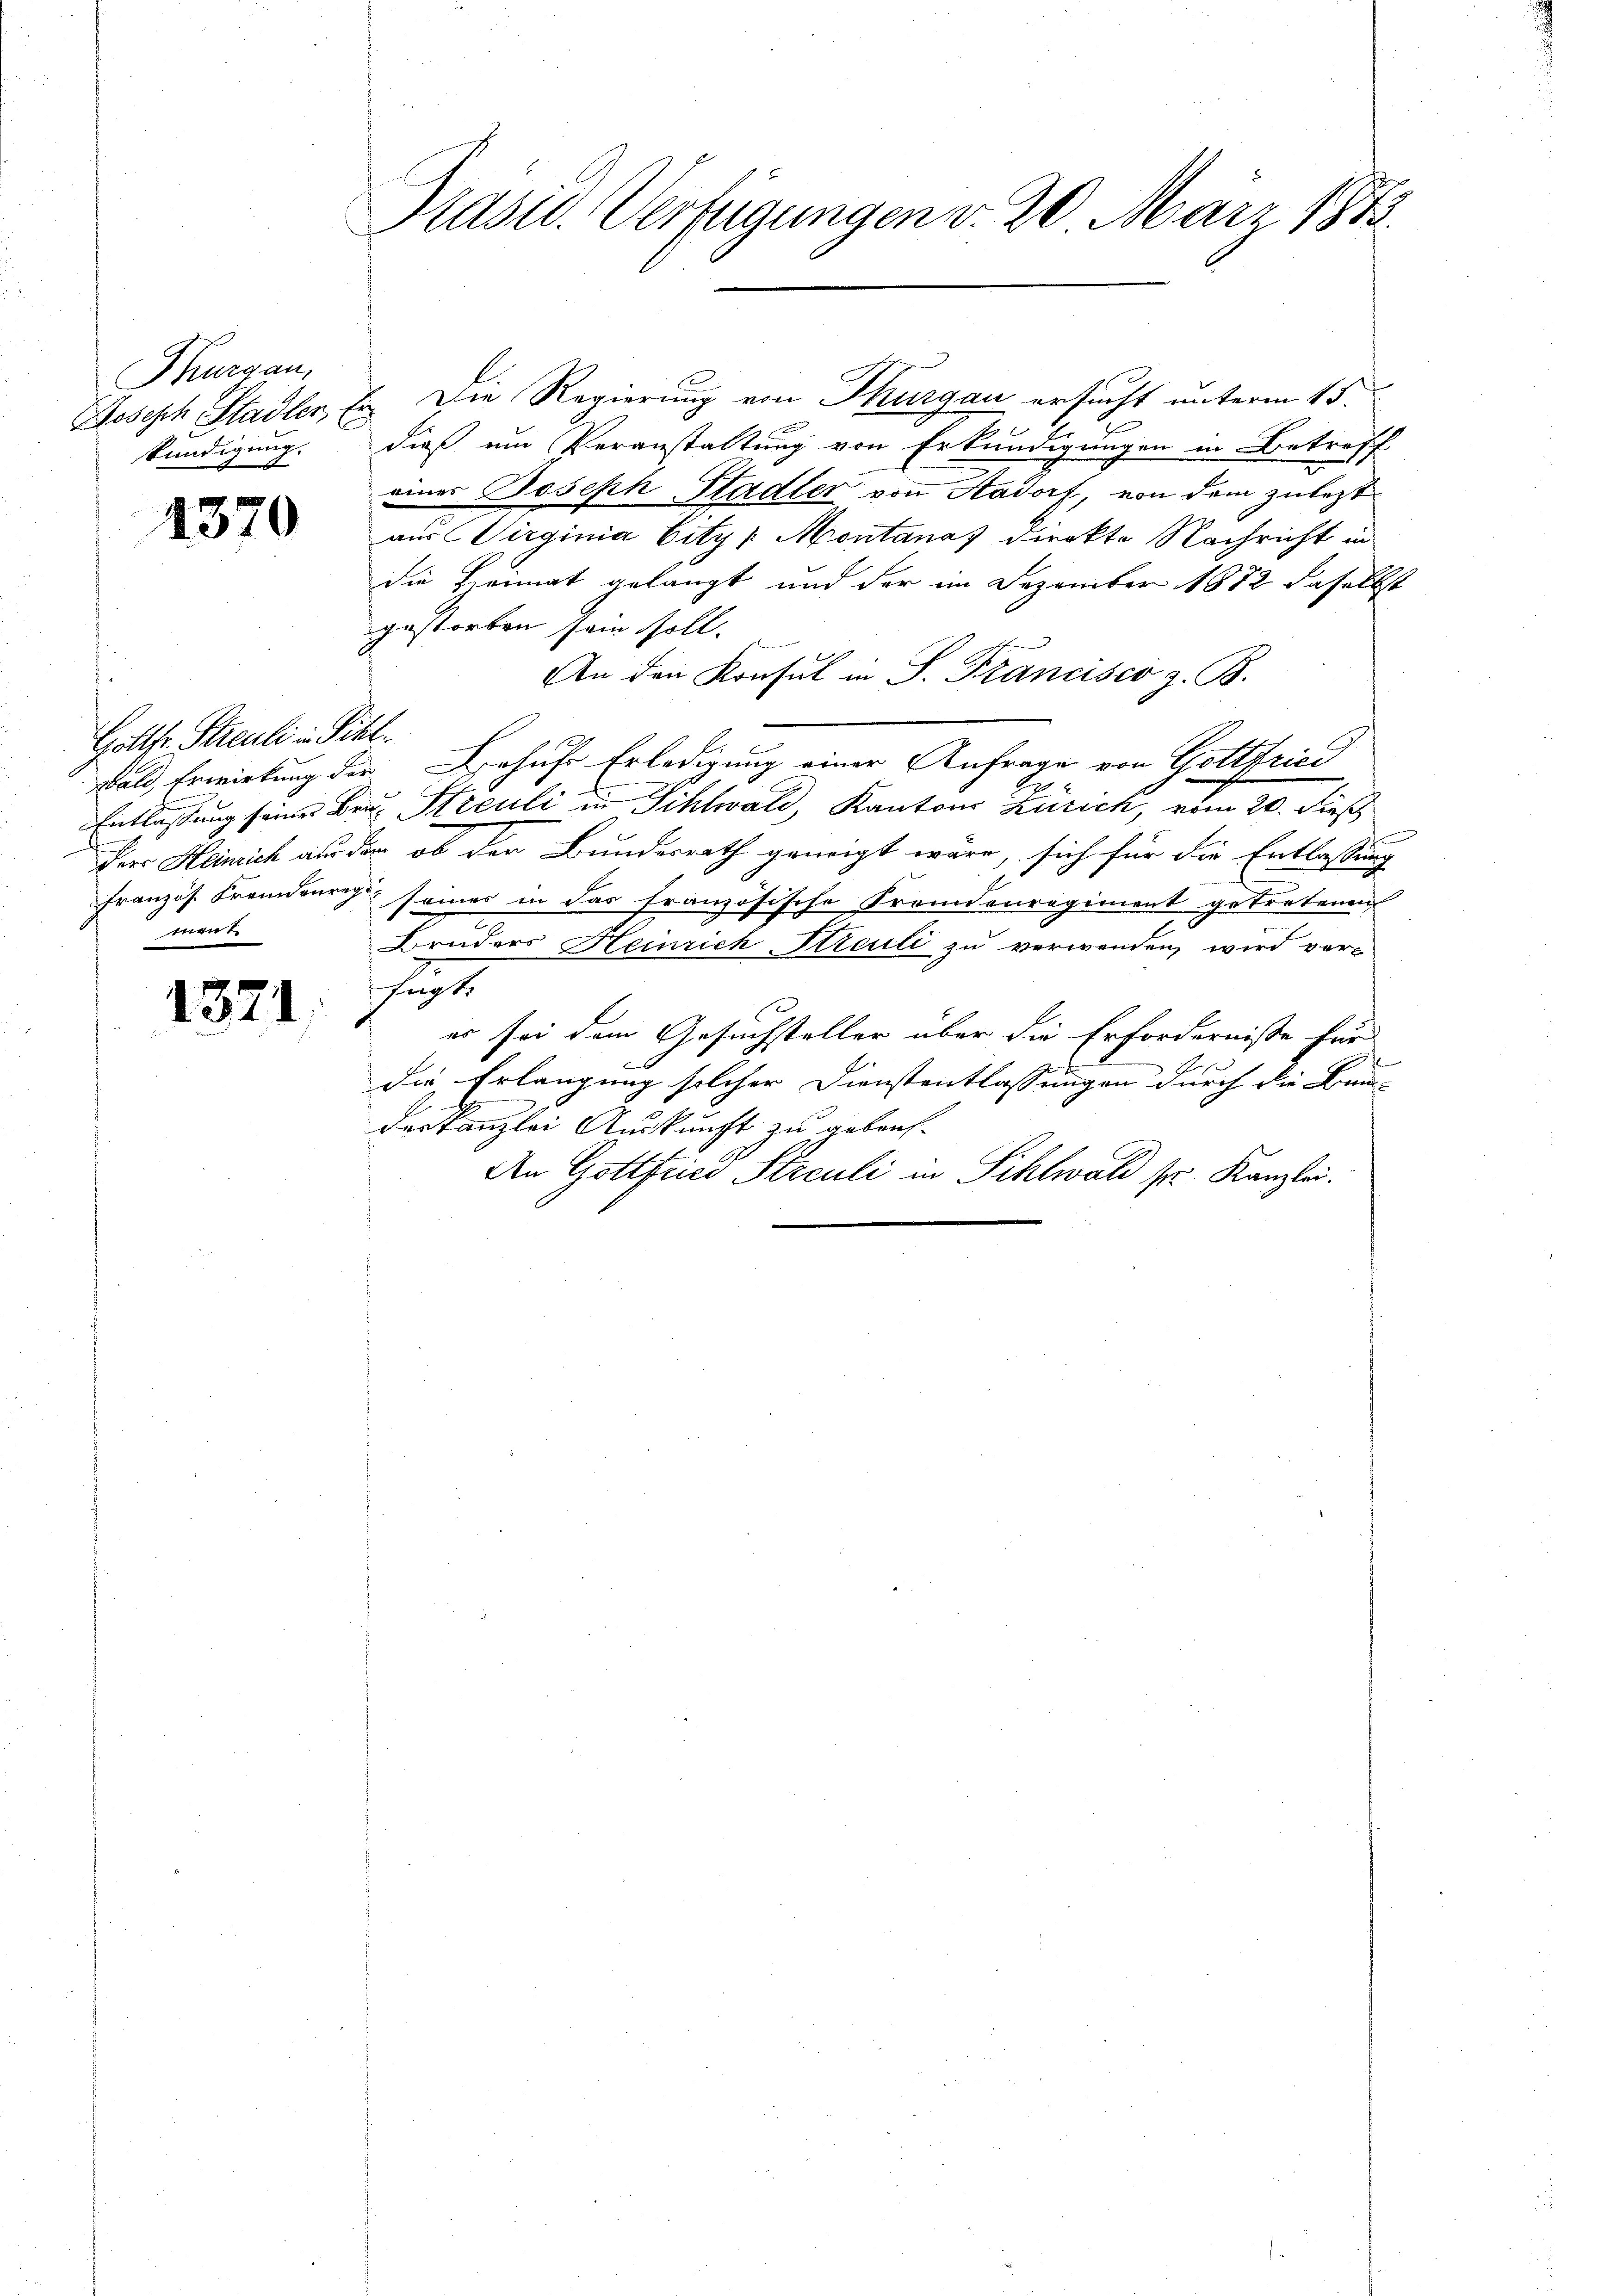
Thurgau,
Joseph Stadler, Er
kündigung.

1370

Gottfr. Sticuli in Pichl.
Der Heinrich aus der
Französ. Fremdenreg
ment

1371.

Pasid. Verfügungen v. 20. März 1873.

2

1. Die Regierung von Thurgau ersucht unterm 15.
dieß um Veranstaltung von Erkundigungen in Betreff
eines Joseph Stadler von Aadorf, von dem zuletzt
aus Virginia Vitz - Montana direkte Nachricht in
die Heimat gelangt und der im Dezember 1872 daselbst
gestorben sein soll.
b
An den Konsul in S. Francisco z. B.
wald, Erwirkung der Behufe Erledigung einer Anfrage von Gottfried
Entlassung seine Bra. Steculi in Sihlwald, Kantons Zürich, vom 20. dieß
u ob der Bundesrath geneigt wäre, sich für die Entlassung
 seiner in das französische Fremdenregiment getretenen
Bruders Heinrich Streuli zu verwenden, wird ver-
fugte
es sei dem Gesuchsteller über die Erfordernisse für
t
1
die Erlangung solcher Dienstentlassungen durch die Bun- |
deskanzlei Auskunft zu gebrach¬
An Gottfried Streuli in Sihlwald pr. Kanzlei.